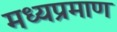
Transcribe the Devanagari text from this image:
मध्यप्रमाण